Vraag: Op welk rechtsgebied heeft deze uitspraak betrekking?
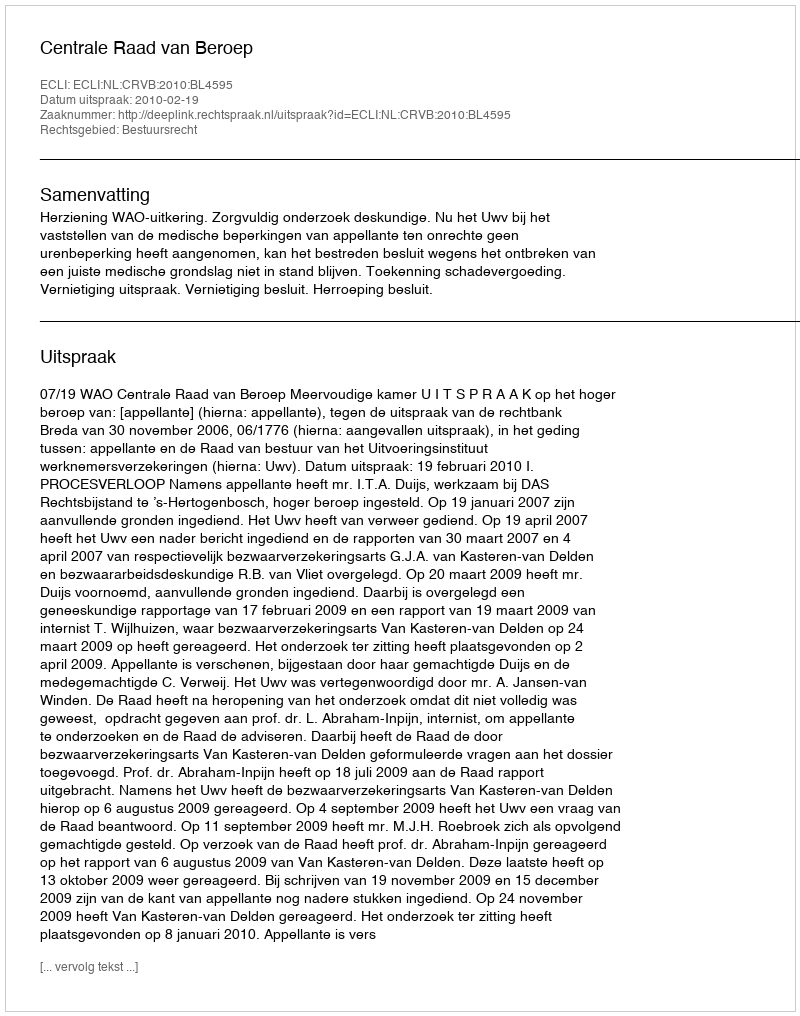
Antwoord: Bestuursrecht